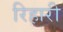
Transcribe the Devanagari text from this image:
रिहारी